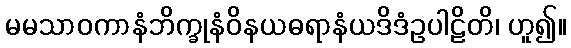
မမသာဝကာနံဘိက္ခုနံဝိနယဓရာနံယဒိဒံဥပါဠိတိ၊ ဟူ၍။